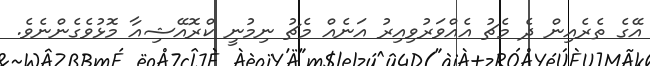
އޭގެ ތެރެއިން ދެ މެޗު އެއްވަރުވިއިރު އަނެއް މެޗު ނިމުނީ ކްރޮއޭޝިއާ މޮޅުވެގެންނެވެ.